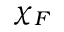
\chi _ { F }